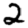
Digit: 2